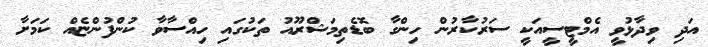
އަދި ވިދާޅުވީ އެމްޓީސީއަކީ ސަރުކާރުން ހިންގާ ބޮޑެތިމަޝްރޫއު ތަކުގައި ހިއްސާވާ ކުންފުންޏެއް ކަމަށާ